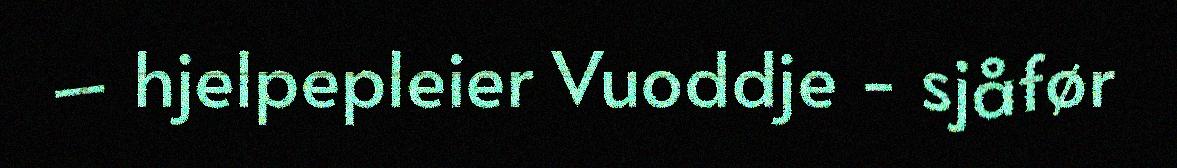
– hjelpepleier Vuoddje - sjåfør